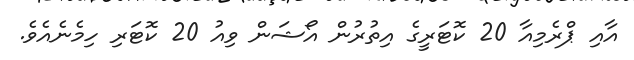
އާއި ޕްރެމިއާ 20 ކޮޓަރީގެ އިތުރުން އޯޝަން ވިއު 20 ކޮޓަރި ހިމެނެއެވެ.